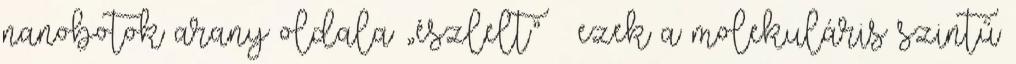
nanobotok arany oldala „észlelt” – ezek a molekuláris szintű